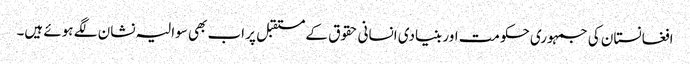
افغانستان کی جمہوری حکومت اور بنیادی انسانی حقوق کے مستقبل پر اب بھی سوالیہ نشان لگے ہوئے ہیں۔